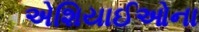
એશિયાઈઓના